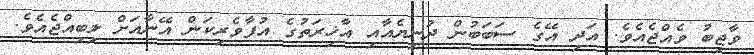
ވާޖިބު ވެއްޖެއެވެ. އަދި އޭގެ ސަބަބުން ދުނިޔެއާއި އާޚިރަތުގެ އުފާވެރިކަން އޭނާއަށް ލިބިއްޖެއެވެ.